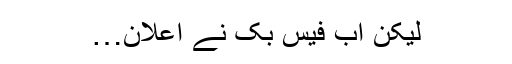
لیکن اب فیس بک نے اعلان…